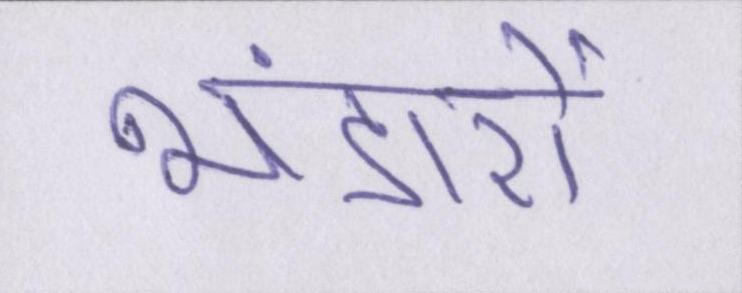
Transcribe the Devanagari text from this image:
भंडारों